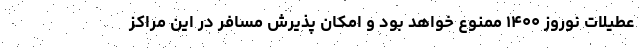
عطیلات نوروز ۱۴۰۰ ممنوع خواهد بود و امکان پذیرش مسافر در این مراکز